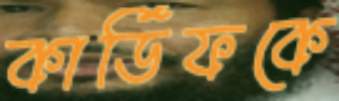
কার্ডিফকে